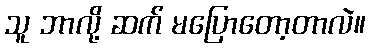
သူ ဘာလို့ ဆက် မပြောတော့တာလဲ။